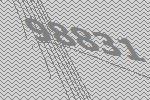
98831